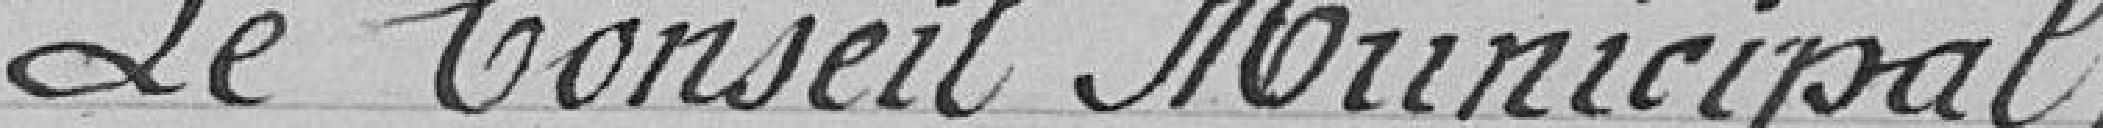
Le Conseil Municipal,